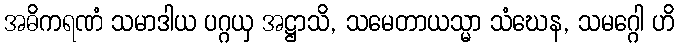
အဓိကရဏံ သမာဒါယ ပဂ္ဂယှ အဋ္ဌာသိ, သမေတာယသ္မာ သံဃေန, သမဂ္ဂေါ ဟိ